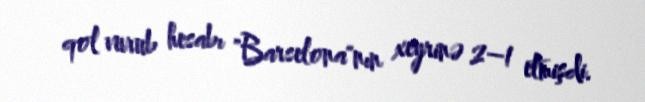
qol vurub hesabı "Barselona"nın xeyrinə 2–1 etmişdi.